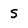
Character: S